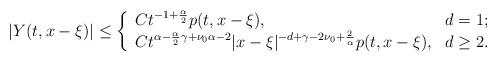
LaTeX: \begin{align*}|Y(t, x- \xi)|\leq \left\{ \begin{array}{ll} $$ Ct^{-1+\frac{\alpha}{2}} p(t, x-\xi)$$, & \hbox{$d=1$;} \\ $$Ct^{\alpha -\frac\alpha2\gamma+\nu_0\alpha-2} |x-\xi|^{-d+\gamma-2\nu_0+\frac{2}{\alpha}} p(t, x-\xi)$$, & \hbox{$d\geq 2$.} \end{array}\right. \end{align*}